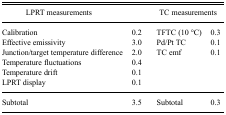
| LPRT measurements |  | <COLSPAN=2> TC measurements |
 | --- | --- | --- | --- |
 | Calibration | 0.2 | TFTC (10 °C) | 0.3 |
 | Effective emissivity | 3.0 | Pd/Pt TC | 0.1 |
 | Junction/target temperature difference | 2.0 | TC emf | 0.1 |
 | Temperature fluctuations | 0.4 |  |  |
 | Temperature drift | 0.1 |  |  |
 | LPRT display | 0.1 |  |  |
 | Subtotal | 3.5 | Subtotal | 0.3 |